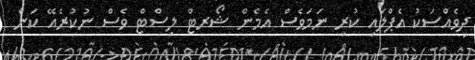
ދިވެއްސަކު އެޕްލައި ކުރި ނަމަވެސް އެމެން ޝޯރޓް ލިސްޓް ވެސް ނުކުރެއޭ ކަން